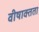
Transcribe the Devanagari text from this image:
वीषाक्तता